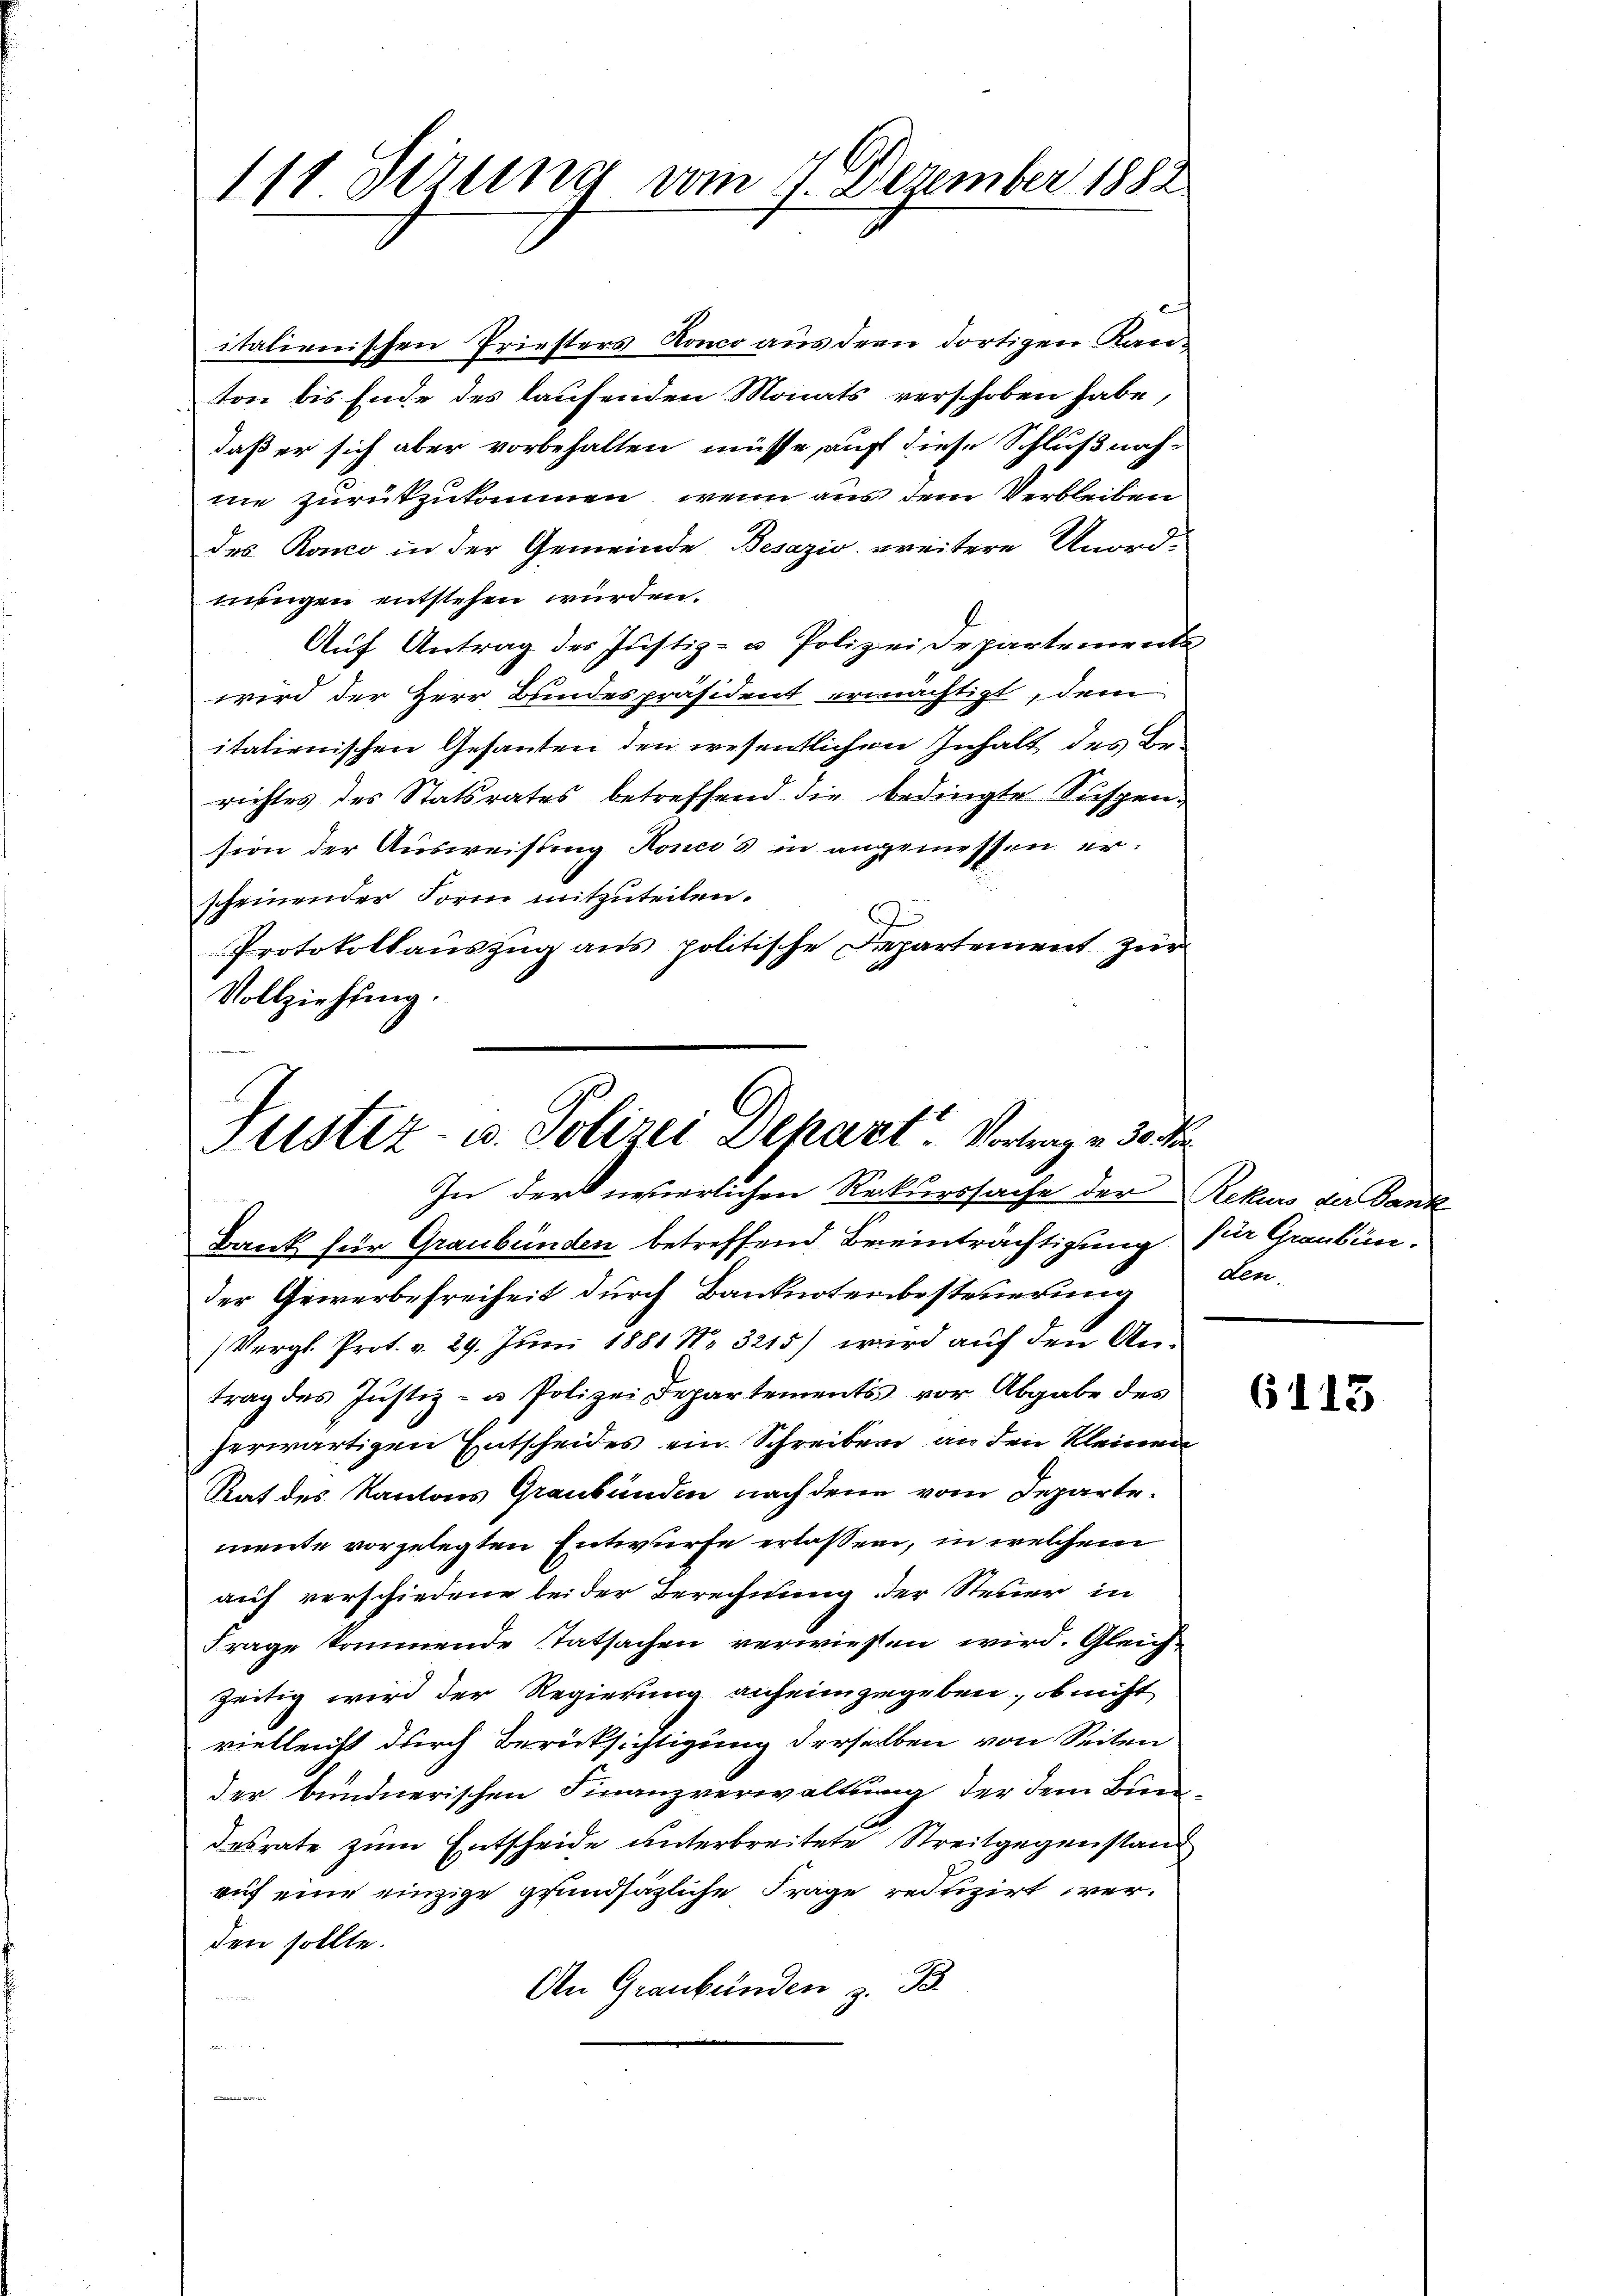
111 Serung vom 7. Dezember 1882

italienischen Priesters Ronco aus dem dortigen Kanton bis Ende des laufenden Monats verschoben habe,
daß er sich aber vorbehalten müsse, auf diese Schlußnahnie zurükzukommen, wenn aus dem Verbleiben
des Ronco in der Gemeinde Besazio weitere Unord-
nungen entstehen würden.
Auf Antrag des Justiz- u. Polizei Departementa
wird der Herr Bundespräsident ermächtigt, dem
itationischen Gesanten den wesentlichen Inhalt des Berichtes des Statsrates betreffend die bedingte Suspension der Ausweisung Ronco's in angemessen er-
scheinender Form mitzuteilen.
J
Protokollauszug aus politische Departement zur
Vollziehung.

Justiz- u. Polizei Depart Vortrage 30 Fr

In der neuerlichen Rekurssache der Rekurs der Dank
Bank für Graubünden betreffend Beeinträchtigung für Graubünder Gewerbefreiheit durch Banknotenbesteuerung
(Vergl. Prot. v. 29. Juni 1881 No 3215) wird auf den Antrag des Justiz- u Polizei Departements vor Abgabe des
herwärtigen Entscheides ein Schreiben an den kleinen
Rat des Kantons Graubünden nach den vom Departemente vorgelegten Entwurfe erlassen, in welchem
auf verschiedene bei der Berechnung der Steuer in
Frage kommende Tatsachen verwiesen wird. Gleichzeitig wird der Regierung anfeingegeben, ob nicht
vielleicht durch Berücksichtigung derselben von Seiten
der bundnerischen Finanzverwaltung der dem Bundesrate zum Entscheide unterbreitete Streitgegenstand
auf eine einzige grundsätzliche Frage reduzirt werden sollte.
An Graubünden z. B.
u

den.

6113